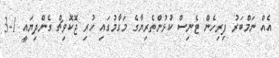
އެއް ނަމްބަރު ފިރިހެން ޓެނިސް ކުޅުންތެރިޔާގެ މަގާމުގައި ހުރި ޖޮކޮވިޗް ގެންދިޔައީ 1-3